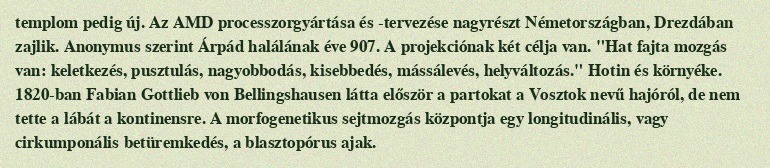
templom pedig új. Az AMD processzorgyártása és -tervezése nagyrészt Németországban, Drezdában zajlik. Anonymus szerint Árpád halálának éve 907. A projekciónak két célja van. "Hat fajta mozgás van: keletkezés, pusztulás, nagyobbodás, kisebbedés, mássálevés, helyváltozás." Hotin és környéke. 1820-ban Fabian Gottlieb von Bellingshausen látta először a partokat a Vosztok nevű hajóról, de nem tette a lábát a kontinensre. A morfogenetikus sejtmozgás központja egy longitudinális, vagy cirkumponális betüremkedés, a blasztopórus ajak.